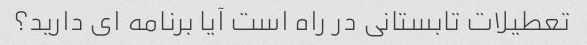
تعطیلات تابستانی در راه است آیا برنامه ای دارید؟